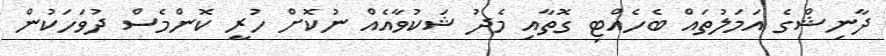
ދާނިޝްގެ އަމަލުތައް ބެހެއްޓި ގޮތާއި މެދު ޝަކުވާއެއް ނުކޮށް ހުރީ ކޮންމެެސް ދުވަހަކުން